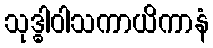
သုဒ္ဓါဝါသကာယိကာနံ